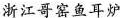
浙江哥窑鱼耳炉